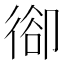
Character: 𢔱